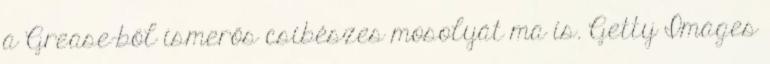
a Grease-ből ismerős csibészes mosolyát ma is. Getty Images